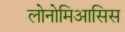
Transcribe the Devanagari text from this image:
लोनोमिआसिस